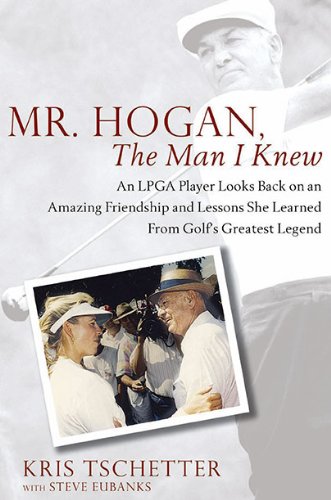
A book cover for Mr. Hogan, the Man I Knew: An LPGA Player Looks Back on an Amazing Friendship and Lessons She Learned from Golf's Greatest Legend; Kris Tschetter; Biographies & Memoirs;